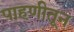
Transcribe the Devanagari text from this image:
पाहणीतून